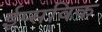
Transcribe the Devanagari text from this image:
ईप्सविक